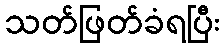
သတ်ဖြတ်ခံရပြီး